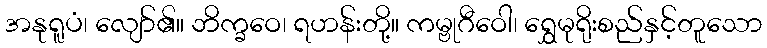
အနုရူပံ၊ လျော်၏။ ဘိက္ခဝေ၊ ရဟန်းတို့။ ကမ္ဗုဂီဝေါ၊ ရွှေမုရိုးစည်နှင့်တူသော